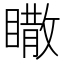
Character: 𥋌